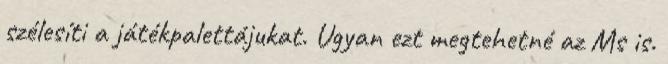
szélesíti a játékpalettájukat. Ugyan ezt megtehetné az Ms is.